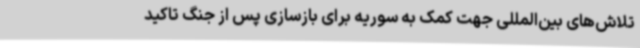
تلاش‌های بین‌المللی جهت کمک به سوریه برای بازسازی پس از جنگ تاکید